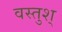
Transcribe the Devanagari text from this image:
वस्तुश्